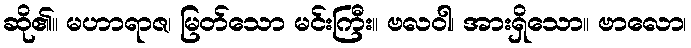
ဆို၏။ မဟာရာဇ၊ မြတ်သော မင်းကြီး။ ဗလဝါ၊ အားရှိသော။ ဗာလော၊